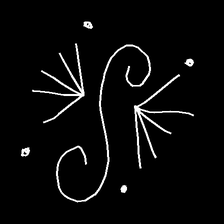
Glyph: aeroform